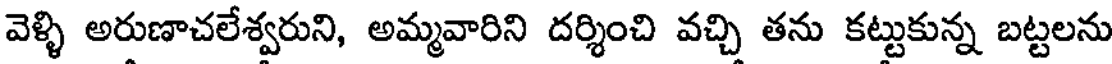
వెళ్ళి అరుణాచలేశ్వరుని, అమ్మవారిని దర్శించి వచ్చి తను కట్టుకున్న బట్టలను